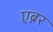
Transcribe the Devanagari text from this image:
एब्नर